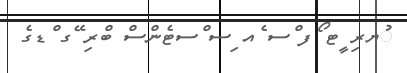
ުޔރި ީޓ ޯފ ްސ ެއ ިސ ްސޓެންސް ބްރި ޭގ ްޑގެ